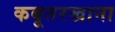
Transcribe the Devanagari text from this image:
कबूतरखाना